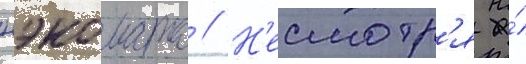
нэкомата // Н'есмотр'я на́